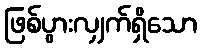
ဖြစ်ပွားလျှက်ရှိသော